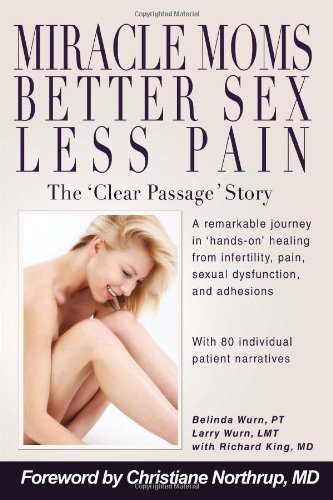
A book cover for Miracle Moms, Better Sex, Less Pain; Belinda Wurn; Health, Fitness & Dieting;